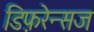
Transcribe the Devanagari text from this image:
डिफ़रेन्सज